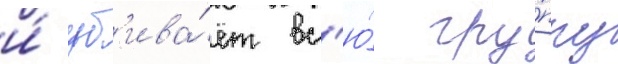
и́ уб'ива́ет вс'ю́ гру́ппу